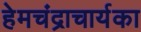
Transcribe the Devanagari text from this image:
हेमचंद्राचार्यका